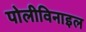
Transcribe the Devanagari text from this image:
पोलीविनाइल